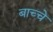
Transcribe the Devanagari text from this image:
बाच्चे